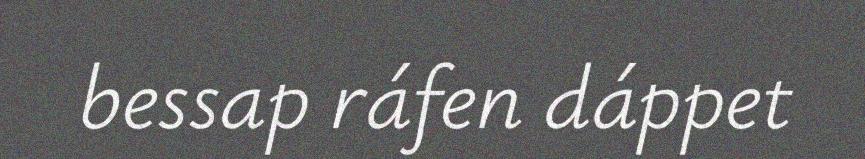
bessap ráfen dáppet